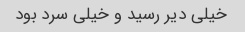
خیلی دیر رسید و خیلی سرد بود